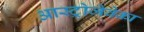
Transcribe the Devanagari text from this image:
आस्ट्रोजेवेका